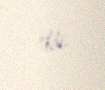
etdi.